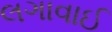
લગાવાઈ